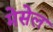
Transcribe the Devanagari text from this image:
मेसेल